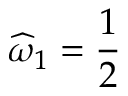
\widehat { \omega } _ { 1 } = \frac 1 2